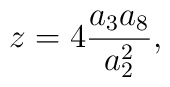
z = 4\frac{a_3a_8}{a_2^2},